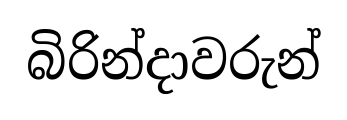
බිරින්දාවරුන්